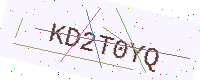
Text: KD2T0YQ